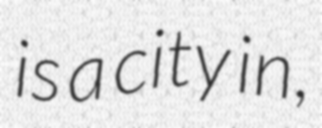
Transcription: is a city in,